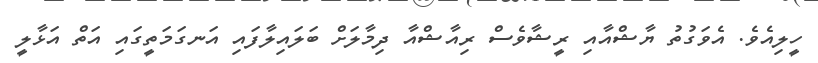
ހީލިއެވެ. އެވަގުތު ޔާޝްއާއި ރީޝާވެސް ރިއާޝްއާ ދިމާލަށް ބަލައިލާފައި އަނގަމަތީގައި އަތް އަޅާލީ